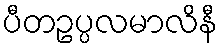
ပီတဥပ္ပလမာလိနီ